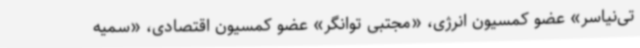
تی‌نیاسر» عضو کمسیون انرژی، «مجتبی توانگر» عضو کمسیون اقتصادی، «سمیه